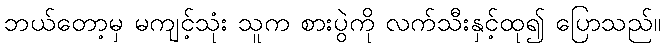
ဘယ်တော့မှ မကျင့်သုံး သူက စားပွဲကို လက်သီးနှင့်ထု၍ ပြောသည်။